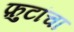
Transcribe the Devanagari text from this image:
फ़ुटांचा